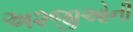
અ૨જીઓની